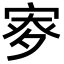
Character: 𡨨